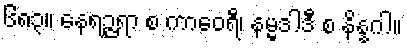
၆၈၃။ နေရဉ္ဇရာ စ ကာဝေရီ၊ နမ္မဒါဒီ စ နိန္နဂါ။